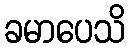
ခမာပေသိ